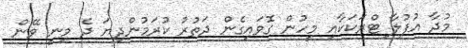
މުދާ އުފުލާ ޓްރަކަކާއި މީހުން ގޮވައިގެން ދަތުރު ކުރަމުންދިޔަ ދެ މިނީ ވޭން